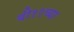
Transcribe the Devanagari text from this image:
बी११च्या